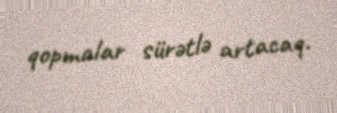
qopmalar sürətlə artacaq.